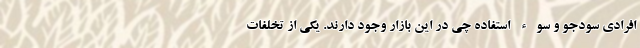
افرادی سودجو و سوء استفاده چی در این بازار وجود دارند. یکی از تخلفات